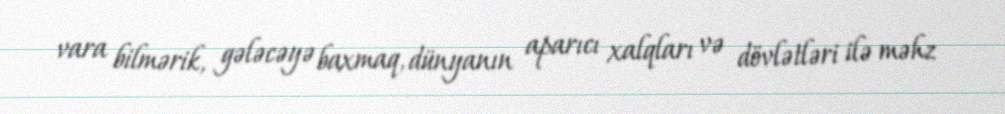
vara bilmərik, gələcəyə baxmaq, dünyanın aparıcı xalqları və dövlətləri ilə məhz